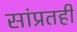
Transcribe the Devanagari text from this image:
सांप्रतही